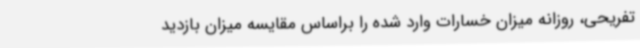
تفریحی، روزانه میزان خسارات وارد شده را براساس مقایسه میزان بازدید